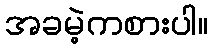
အခမဲ့ကစားပါ။